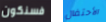
فسنكون الأحتفال